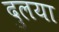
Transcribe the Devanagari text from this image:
दुलया